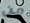
من